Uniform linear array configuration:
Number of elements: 64
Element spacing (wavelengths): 0.25
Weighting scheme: blackman
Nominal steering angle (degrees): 15
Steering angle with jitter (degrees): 16.02
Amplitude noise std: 0.05
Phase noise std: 0.05

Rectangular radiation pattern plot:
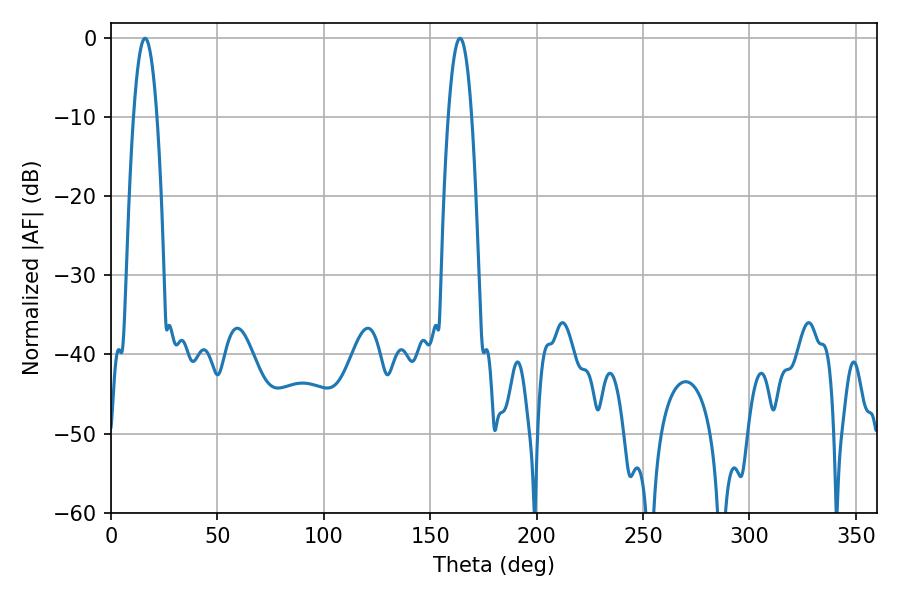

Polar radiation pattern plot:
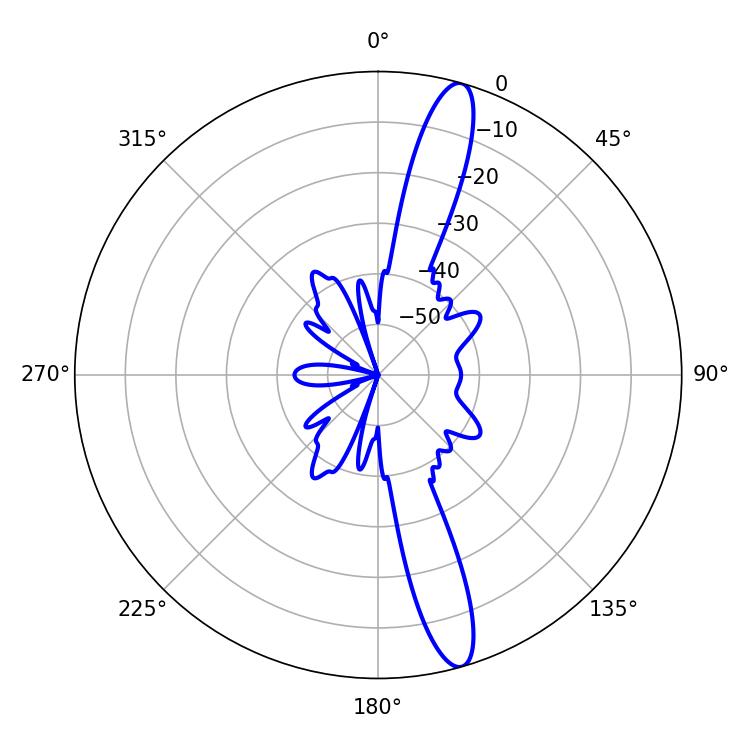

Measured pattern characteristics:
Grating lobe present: FALSE
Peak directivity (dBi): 15.006
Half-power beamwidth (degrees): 6.12
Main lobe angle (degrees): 16.02